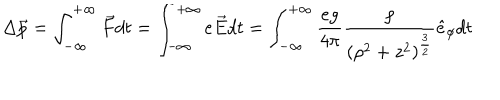
\Delta \vec { p } = \int _ { - \infty } ^ { + \infty } \vec { F } d t = \int _ { - \infty } ^ { + \infty } e \vec { E } d t = \int _ { - \infty } ^ { + \infty } \frac { e g } { 4 \pi } \frac { \rho } { ( \rho ^ { 2 } + z ^ { 2 } ) ^ { \frac { 3 } { 2 } } } \hat { e } _ { \phi } d t